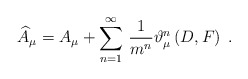
\begin{align*}\widehat{A}_\mu =A_\mu +\sum_{n=1}^\infty \,\frac 1{m^n}\vartheta _\mu^n\left( D,F\right) \;. \end{align*}